Leaving Certificate Examination, 1925
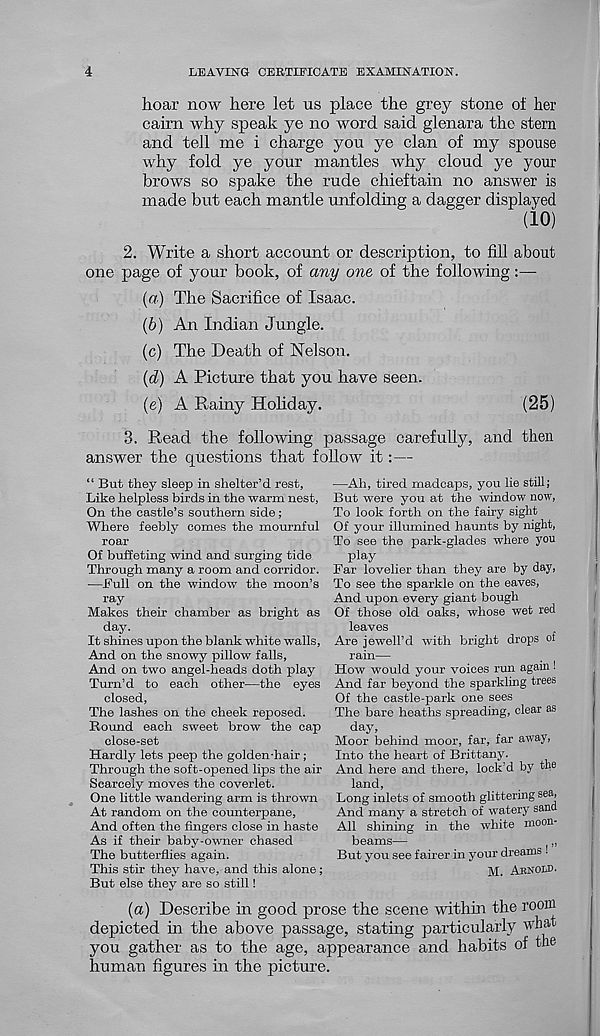
4
LEAVING CERTIFICATE EXAMINATION.
hoar now here let us place the grey stone of her
cairn why speak ye no word said glenara the stern
and tell me i charge you ye clan of my spouse
why fold ye your mantles why cloud ye your
brows so spake the rude chieftain no answer is
made but each mantle unfolding a dagger displayed
(io)
2. Write a short account or description, to fill about
one page of your book, of any one of the following:—
(а) The Sacrifice of Isaac.
(б) An Indian Jungle.
(c) The Death of Nelson.
(d) A Picture that you have seen.
(e) A Rainy Holiday.
(25)
3. Read the following passage carefully, and then
answer the questions that follow it:—
“ But they sleep in shelter’d rest,
Like helpless birds in the warm nest,
On the castle’s southern side;
Where feebly comes the mournful
roar
Of buffeting wind and surging tide
Through many a room and corridor.
—Full on the window the moon’s
ray
Makes their chamber as bright as
day.
It shines upon the blank white walls,
And on the snowy pillow falls,
And on two angel-heads doth play
Turn’d to each other—the eyes
closed,
The lashes on the cheek reposed.
Round each sweet brow the cap
close-set
Hardly lets peep the golden-hair ;
Through the soft-opened lips the air
Scarcely moves the coverlet.
One little wandering arm is thrown
At random on the counterpane,
And often the fingers close in haste
As if their baby-owner chased
The butterflies again.
This stir they have, and this alone;
But else they are so still!
—Ah, tired madcaps, you lie still;
But were you at the window now,
To look forth on the fairy sight
Of your illumined haunts by night,
To see the park-glades where you
play
Far lovelier than they are by day,
To see the sparkle on the eaves,
And upon every giant bough
Of those old oaks, whose wet red
leaves
Are Jewell’d with bright drops of
rain—
How would your voices run again!
And far beyond the sparkling trees
Of the castle-park one sees
The bare heaths spreading, clear as
day,
Moor behind moor, far, far away,
Into the heart of Brittany.
And here and there, lock’d by the
land,
Long inlets of smooth glittering sea,
And many a stretch of watery sand
All shining in the white moon-
beams—
( ,,
But you see fairer in your dreams .
M. ABNOLD.
(a) Describe in good prose the scene within the room
depicted in the above passage, stating particularly what
you gather as to the age, appearance and habits of tiie
human figures in the picture.